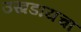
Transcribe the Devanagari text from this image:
उखडायचा